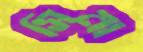
সিনা